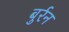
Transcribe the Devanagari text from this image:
बुर्रन